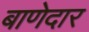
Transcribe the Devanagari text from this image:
बाणेदार